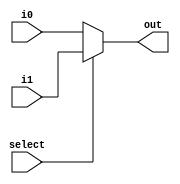
// Assignment by Narayan G 17CO225 and Dhanasekhar M 17CO214
// Date - 25-10-2018
// 32 bit Register file


module mux_2x1(i0, i1, select, out);
	input [63:0] i0, i1;
	input select;
	output [63:0] out;

	assign out = (select)?i1:i0 ;
	
endmodule

module mux_4x1(i0, i1, i2, i3, select, out);
	
	input [63:0] i0,i1,i2,i3;
	input [1:0] select;
	output [63:0] out;

	wire [63:0] out1, out2;

	mux_2x1 m1(i0, i1, select[0], out1);        //Instantiating three 2x1 Multiplexeres
	mux_2x1 m2(i2, i3, select[0], out2);
	mux_2x1 m3(out1, out2, select[1], out);


endmodule

module mux_16x1(i0,i1,i2,i3,i4,i5,i6,i7,i8,i9,i10,i11,i12,i13,i14,i15,select,out);
	
	input [63:0] i0,i1,i2,i3,i4,i5,i6,i7,i8,i9,i10,i11,i12,i13,i14,i15;
	input [3:0] select;
	output [63:0] out;
	
	wire [63:0] out1, out2, out3, out4;
	
	mux_4x1 m1(i0,i1,i2,i3,select[1:0],out1);                //Instantiating five 4x1 Multiplexeres
	mux_4x1 m2(i4,i5,i6,i7,select[1:0],out2);
	mux_4x1 m3(i8,i9,i10,i11,select[1:0],out3);
	mux_4x1 m4(i12,i13,i14,i15,select[1:0],out4);
	
	mux_4x1 m5(out1, out2, out3, out4, select[3:2], out);
	
endmodule

module mux_32x1(i0,i1,i2,i3,i4,i5,i6,i7,i8,i9,i10,i11,i12,i13,i14,i15,i16,i17,i18,i19,i20,i21,i22,i23,i24,i25,i26,i27,i28,i29,i30,i31,select,out);

	input [63:0] i0,i1,i2,i3,i4,i5,i6,i7,i8,i9,i10,i11,i12,i13,i14,i15,i16,i17,i18,i19,i20,i21,i22,i23,i24,i25,i26,i27,i28,i29,i30,i31 ;
	input [4:0] select;
	output [63:0] out;
	
	wire [63:0] out1, out2;
	
	mux_16x1 m1(i0,i1,i2,i3,i4,i5,i6,i7,i8,i9,i10,i11,i12,i13,i14,i15, select[3:0], out1);
	mux_16x1 m2(i16,i17,i18,i19,i20,i21,i22,i23,i24,i25,i26,i27,i28,i29,i30,i31,select[3:0],out2);  //Instantiating two 16x1 Multiplexeres
	
	mux_2x1 m3(out1, out2, select[4], out);   //Instantiating a 2x1 Multiplexer

endmodule


module d_ff(d, clock, reset, q, write);               // D-flipflop module

	input  d;
	input clock, reset, write;
	output  q;
	
	reg  q;
	
	always @(posedge clock, negedge reset) begin
		if(reset == 0) begin 
				 q <= 0;
		end
		
		if(reset ==1 && write == 1) begin 
			 q <= d;
		end
	end

endmodule

module register(d, clock, reset, q, write);            //32-bit register module

	input [63:0] d;
	input clock, reset, write;
	output [63:0] q;

	
	d_ff dut[63:0](d[63:0],clock, reset, q[63:0], write);  //Instantiating the d-filpflop module 32 times

endmodule

module decoder(write_reg, out);                   //decoder module for register write operation
	input [4:0] write_reg;
	output [63:0] out;                            //out variable gives a 32 bit value with the write_register bit high
	
	reg [63:0] out;
	always @(*) begin
		case(write_reg)
			5'b00000 : out = 64'h00000001;
			5'b00001 : out = 64'h00000002;
			5'b00010 : out = 64'h00000004;
			5'b00011 : out = 64'h00000008;
			5'b00100 : out = 64'h00000010;
			5'b00101 : out = 64'h00000020;
			5'b00110 : out = 64'h00000040;
			5'b00111 : out = 64'h00000080;
			5'b01000 : out = 64'h00000100;
			5'b01001 : out = 64'h00000200;
			5'b01010 : out = 64'h00000400;
			5'b01011 : out = 64'h00000800;
			5'b01100 : out = 64'h00001000;													
			5'b01101 : out = 64'h00002000;
			5'b01110 : out = 64'h00004000;
			5'b01111 : out = 64'h00008000;
			5'b10000 : out = 64'h00010000;
			5'b10001 : out = 64'h00020000;
			5'b10010 : out = 64'h00040000;
			5'b10011 : out = 64'h00080000;
			5'b10100 : out = 64'h00100000;
			5'b10101 : out = 64'h00200000;
			5'b10110 : out = 64'h00400000;
			5'b10111 : out = 64'h00800000;
			5'b11000 : out = 64'h01000000;
			5'b11001 : out = 64'h02000000;
			5'b11010 : out = 64'h04000000;
			5'b11011 : out = 64'h08000000;
			5'b11100 : out = 64'h10000000;
			5'b11101 : out = 64'h20000000;
			5'b11110 : out = 64'h40000000;
			5'b11111 : out = 64'h80000000;
		endcase
	end
endmodule



module reg_file(read_reg1, read_reg2, write_reg, write_data, reg_write, clock, reset, read_data1, read_data2);
	
	input [4:0] read_reg1, read_reg2, write_reg;
	input [63:0] write_data;
	input reg_write,clock, reset;

	output [63:0] read_data1, read_data2;

	wire [63:0] d1_out;
	wire [63:0] q0,q1,q2,q3,q4,q5,q6,q7,q8,q9,q10,q11,q12,q13,q14,q15,q16,q17,q18,q19,q20,q21,q22,q23,q24,q25,q26,q27,q28,q29,q30,q31;     //32 registers' values
	wire [63:0] d_out ;

	decoder d(write_reg, d1_out);                        //decoder Instantiation

	assign d_out = (reg_write)? d1_out:32'b0;           /*d_out will be zero if reg_write is zero indicating that the write operation will not occur	
                                                           and will be same as decoder output if reg_write is 1*/															 
	register r0(write_data, clock, reset, q0, d_out[0]);
	register r1(write_data, clock, reset, q1, d_out[1]);
	register r2(write_data, clock, reset, q2, d_out[2]);
	register r3(write_data, clock, reset, q3, d_out[3]);
	register r4(write_data, clock, reset, q4, d_out[4]);
	register r5(write_data, clock, reset, q5, d_out[5]);       //if d_out[n] = 1, then the data will be written on the n'th register.  
	register r6(write_data, clock, reset, q6, d_out[6]);
	register r7(write_data, clock, reset, q7, d_out[7]);
	register r8(write_data, clock, reset, q8, d_out[8]);
	register r9(write_data, clock, reset, q9, d_out[9]);
	register r10(write_data, clock, reset, q10, d_out[10]);
	register r11(write_data, clock, reset, q11, d_out[11]);
	register r12(write_data, clock, reset, q12, d_out[12]);
	register r13(write_data, clock, reset, q13, d_out[13]);
	register r14(write_data, clock, reset, q14, d_out[14]);
	register r15(write_data, clock, reset, q15, d_out[15]);
	register r16(write_data, clock, reset, q16, d_out[16]);
	register r17(write_data, clock, reset, q17, d_out[17]);
	register r18(write_data, clock, reset, q18, d_out[18]);
	register r19(write_data, clock, reset, q19, d_out[19]);
	register r20(write_data, clock, reset, q20, d_out[20]);
	register r21(write_data, clock, reset, q21, d_out[21]);
	register r22(write_data, clock, reset, q22, d_out[22]);
	register r23(write_data, clock, reset, q23, d_out[23]);
	register r24(write_data, clock, reset, q24, d_out[24]);
	register r25(write_data, clock, reset, q25, d_out[25]);
	register r26(write_data, clock, reset, q26, d_out[26]);
	register r27(write_data, clock, reset, q27, d_out[27]);
	register r28(write_data, clock, reset, q28, d_out[28]);
	register r29(write_data, clock, reset, q29, d_out[29]);
	register r30(write_data, clock, reset, q30, d_out[30]);
	register r31(write_data, clock, reset, q31, d_out[31]);

	mux_32x1 m(q0,q1,q2,q3,q4,q5,q6,q7,q8,q9,q10,q11,q12,q13,q14,q15,q16,q17,q18,q19,q20,q21,q22,q23,q24,q25,q26,q27,q28,q29,q30,q31, read_reg1, read_data1); //muxes to read the data from a specific register(read_reg) 

	mux_32x1 m1(q0,q1,q2,q3,q4,q5,q6,q7,q8,q9,q10,q11,q12,q13,q14,q15,q16,q17,q18,q19,q20,q21,q22,q23,q24,q25,q26,q27,q28,q29,q30,q31, read_reg2, read_data2);


endmodule